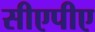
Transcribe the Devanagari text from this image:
सीएपीए